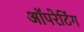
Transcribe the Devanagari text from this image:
अॉपरेटिंग